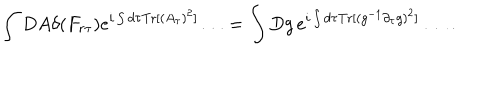
LaTeX: \int D A \delta ( F _ { r \tau } ) e ^ { i \int d \tau { \mathrm { T r } } [ ( A _ { \tau } ) ^ { 2 } ] } \ldots = \int D g \, e ^ { i \int d \tau { \mathrm { T r } } [ ( g ^ { - 1 } \partial _ { \tau } g ) ^ { 2 } ] } \ldots \, .